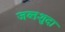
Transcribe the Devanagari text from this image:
जब्तशुदा